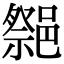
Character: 𨝠